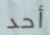
أحد